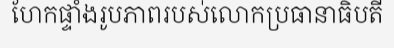
ហែកផ្ទាំងរូបភាពរបស់លោកប្រធានាធិបតី